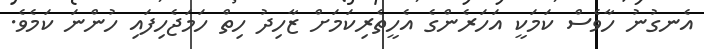
އެނގުނު ހާވެސް ކަމަކީ އަހަރެންގެ އެހީތެރިކަމަށް ޒާހިދު ހިތް ހަމަޖެހިފައި ހުންނަ ކަމެވެ.